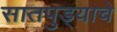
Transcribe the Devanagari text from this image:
सातपुड्याचे